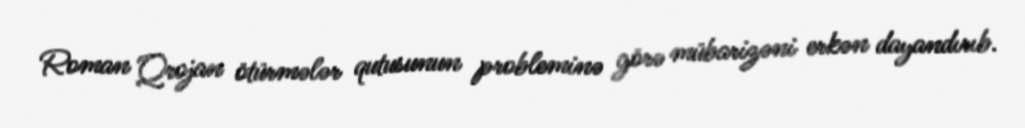
Roman Qrojan ötürmələr qutusunun probleminə görə mübarizəni erkən dayandırıb.